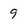
Character: 9